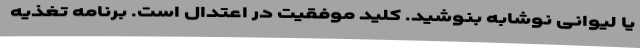
یا لیوانی نوشابه بنوشید. کلید موفقیت در اعتدال است. برنامه تغذیه